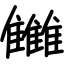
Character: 雦